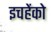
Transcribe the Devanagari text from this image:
इचहेंको